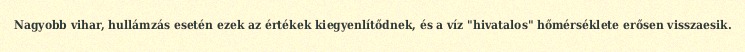
Nagyobb vihar, hullámzás esetén ezek az értékek kiegyenlítődnek, és a víz "hivatalos" hőmérséklete erősen visszaesik.